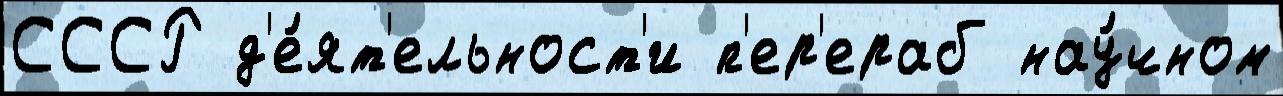
СССР д'е́ят'ельност'и п'ер'ераб нау́чном